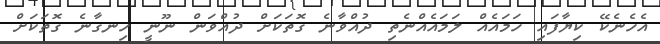
އެހެނެކޭ ކިޔާފައި ހަމައެއް ލަމައެއްނެތި ދުއްވާނެ ގޮތަކަށް ދުއްވަން ނޫނީ ހިނގާނެ ގޮތަކަށް